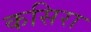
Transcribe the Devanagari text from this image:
कसिरा